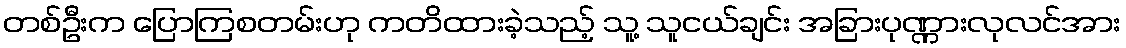
တစ်ဦးက ပြောကြစတမ်းဟု ကတိထားခဲ့သည့် သူ့ သူငယ်ချင်း အခြားပုဏ္ဏားလုလင်အား